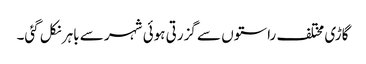
گاڑی مختلف راستوں سے گزرتی ہوئی شہر سے باہر نکل گئی۔